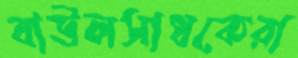
বাউলসাধকেরা